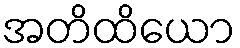
အတိထိယော